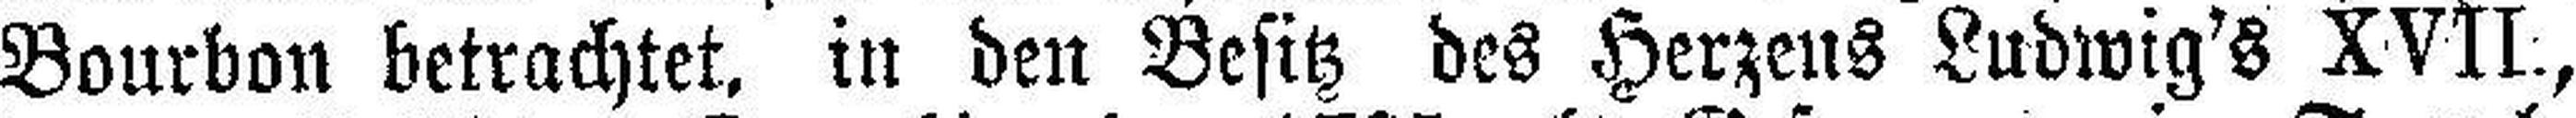
Bourbon betrachtet, in den Besitz des Herzens Ludwig's XVII.,